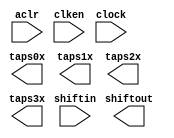
// megafunction wizard: %Shift register (RAM-based)%VBB%
// GENERATION: STANDARD
// VERSION: WM1.0
// MODULE: ALTSHIFT_TAPS 

// ============================================================
// Megafunction Name(s):
// 			ALTSHIFT_TAPS
//
// Simulation Library Files(s):
// 			altera_mf
// ============================================================
// ************************************************************
// THIS IS A WIZARD-GENERATED FILE. DO NOT EDIT THIS FILE!
//
// 14.0.0 Build 200 06/17/2014 SJ Full Version
// ************************************************************

//Copyright (C) 1991-2014 Altera Corporation. All rights reserved.
//Your use of Altera Corporation's design tools, logic functions 
//and other software and tools, and its AMPP partner logic 
//functions, and any output files from any of the foregoing 
//(including device programming or simulation files), and any 
//associated documentation or information are expressly subject 
//to the terms and conditions of the Altera Program License 
//Subscription Agreement, the Altera Quartus II License Agreement,
//the Altera MegaCore Function License Agreement, or other 
//applicable license agreement, including, without limitation, 
//that your use is for the sole purpose of programming logic 
//devices manufactured by Altera and sold by Altera or its 
//authorized distributors.  Please refer to the applicable 
//agreement for further details.

module IxIyIt_800pts_4line (
	aclr,
	clken,
	clock,
	shiftin,
	shiftout,
	taps0x,
	taps1x,
	taps2x,
	taps3x);

	input	  aclr;
	input	  clken;
	input	  clock;
	input	[26:0]  shiftin;
	output	[26:0]  shiftout;
	output	[26:0]  taps0x;
	output	[26:0]  taps1x;
	output	[26:0]  taps2x;
	output	[26:0]  taps3x;
`ifndef ALTERA_RESERVED_QIS
// synopsys translate_off
`endif
	tri1	  aclr;
	tri1	  clken;
`ifndef ALTERA_RESERVED_QIS
// synopsys translate_on
`endif

endmodule

// ============================================================
// CNX file retrieval info
// ============================================================
// Retrieval info: PRIVATE: ACLR NUMERIC "1"
// Retrieval info: PRIVATE: CLKEN NUMERIC "1"
// Retrieval info: PRIVATE: GROUP_TAPS NUMERIC "1"
// Retrieval info: PRIVATE: INTENDED_DEVICE_FAMILY STRING "Cyclone V"
// Retrieval info: PRIVATE: NUMBER_OF_TAPS NUMERIC "4"
// Retrieval info: PRIVATE: RAM_BLOCK_TYPE NUMERIC "3"
// Retrieval info: PRIVATE: SYNTH_WRAPPER_GEN_POSTFIX STRING "0"
// Retrieval info: PRIVATE: TAP_DISTANCE NUMERIC "960"
// Retrieval info: PRIVATE: WIDTH NUMERIC "27"
// Retrieval info: LIBRARY: altera_mf altera_mf.altera_mf_components.all
// Retrieval info: CONSTANT: INTENDED_DEVICE_FAMILY STRING "Cyclone V"
// Retrieval info: CONSTANT: LPM_HINT STRING "RAM_BLOCK_TYPE=AUTO"
// Retrieval info: CONSTANT: LPM_TYPE STRING "altshift_taps"
// Retrieval info: CONSTANT: NUMBER_OF_TAPS NUMERIC "4"
// Retrieval info: CONSTANT: TAP_DISTANCE NUMERIC "960"
// Retrieval info: CONSTANT: WIDTH NUMERIC "27"
// Retrieval info: USED_PORT: aclr 0 0 0 0 INPUT VCC "aclr"
// Retrieval info: USED_PORT: clken 0 0 0 0 INPUT VCC "clken"
// Retrieval info: USED_PORT: clock 0 0 0 0 INPUT NODEFVAL "clock"
// Retrieval info: USED_PORT: shiftin 0 0 27 0 INPUT NODEFVAL "shiftin[26..0]"
// Retrieval info: USED_PORT: shiftout 0 0 27 0 OUTPUT NODEFVAL "shiftout[26..0]"
// Retrieval info: USED_PORT: taps0x 0 0 27 0 OUTPUT NODEFVAL "taps0x[26..0]"
// Retrieval info: USED_PORT: taps1x 0 0 27 0 OUTPUT NODEFVAL "taps1x[26..0]"
// Retrieval info: USED_PORT: taps2x 0 0 27 0 OUTPUT NODEFVAL "taps2x[26..0]"
// Retrieval info: USED_PORT: taps3x 0 0 27 0 OUTPUT NODEFVAL "taps3x[26..0]"
// Retrieval info: CONNECT: @aclr 0 0 0 0 aclr 0 0 0 0
// Retrieval info: CONNECT: @clken 0 0 0 0 clken 0 0 0 0
// Retrieval info: CONNECT: @clock 0 0 0 0 clock 0 0 0 0
// Retrieval info: CONNECT: @shiftin 0 0 27 0 shiftin 0 0 27 0
// Retrieval info: CONNECT: shiftout 0 0 27 0 @shiftout 0 0 27 0
// Retrieval info: CONNECT: taps0x 0 0 27 0 @taps 0 0 27 0
// Retrieval info: CONNECT: taps1x 0 0 27 0 @taps 0 0 27 27
// Retrieval info: CONNECT: taps2x 0 0 27 0 @taps 0 0 27 54
// Retrieval info: CONNECT: taps3x 0 0 27 0 @taps 0 0 27 81
// Retrieval info: GEN_FILE: TYPE_NORMAL IxIyIt_800pts_4line.v TRUE
// Retrieval info: GEN_FILE: TYPE_NORMAL IxIyIt_800pts_4line.inc FALSE
// Retrieval info: GEN_FILE: TYPE_NORMAL IxIyIt_800pts_4line.cmp FALSE
// Retrieval info: GEN_FILE: TYPE_NORMAL IxIyIt_800pts_4line.bsf FALSE
// Retrieval info: GEN_FILE: TYPE_NORMAL IxIyIt_800pts_4line_inst.v FALSE
// Retrieval info: GEN_FILE: TYPE_NORMAL IxIyIt_800pts_4line_bb.v TRUE
// Retrieval info: LIB_FILE: altera_mf